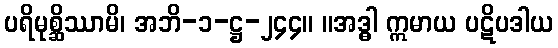
ပရိမုစ္ဆိဿာမိ၊ အဘိ-၁-ဋ္ဌ-၂၄၄။ ။အဒ္ဓါ ဣမာယ ပဋိပဒါယ